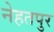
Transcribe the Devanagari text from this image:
नेहतपुर